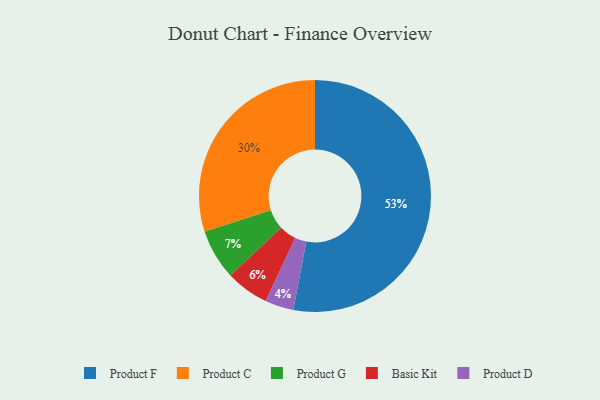
{"axis": {"x": "Category", "y": "Percentage"}, "legend": ["Basic Kit", "Product C", "Product D", "Product F", "Product G"], "data": [{"x": "Basic Kit", "y": 6, "type": "Basic Kit"}, {"x": "Product C", "y": 30, "type": "Product C"}, {"x": "Product D", "y": 4, "type": "Product D"}, {"x": "Product G", "y": 7, "type": "Product G"}, {"x": "Product F", "y": 53, "type": "Product F"}]}